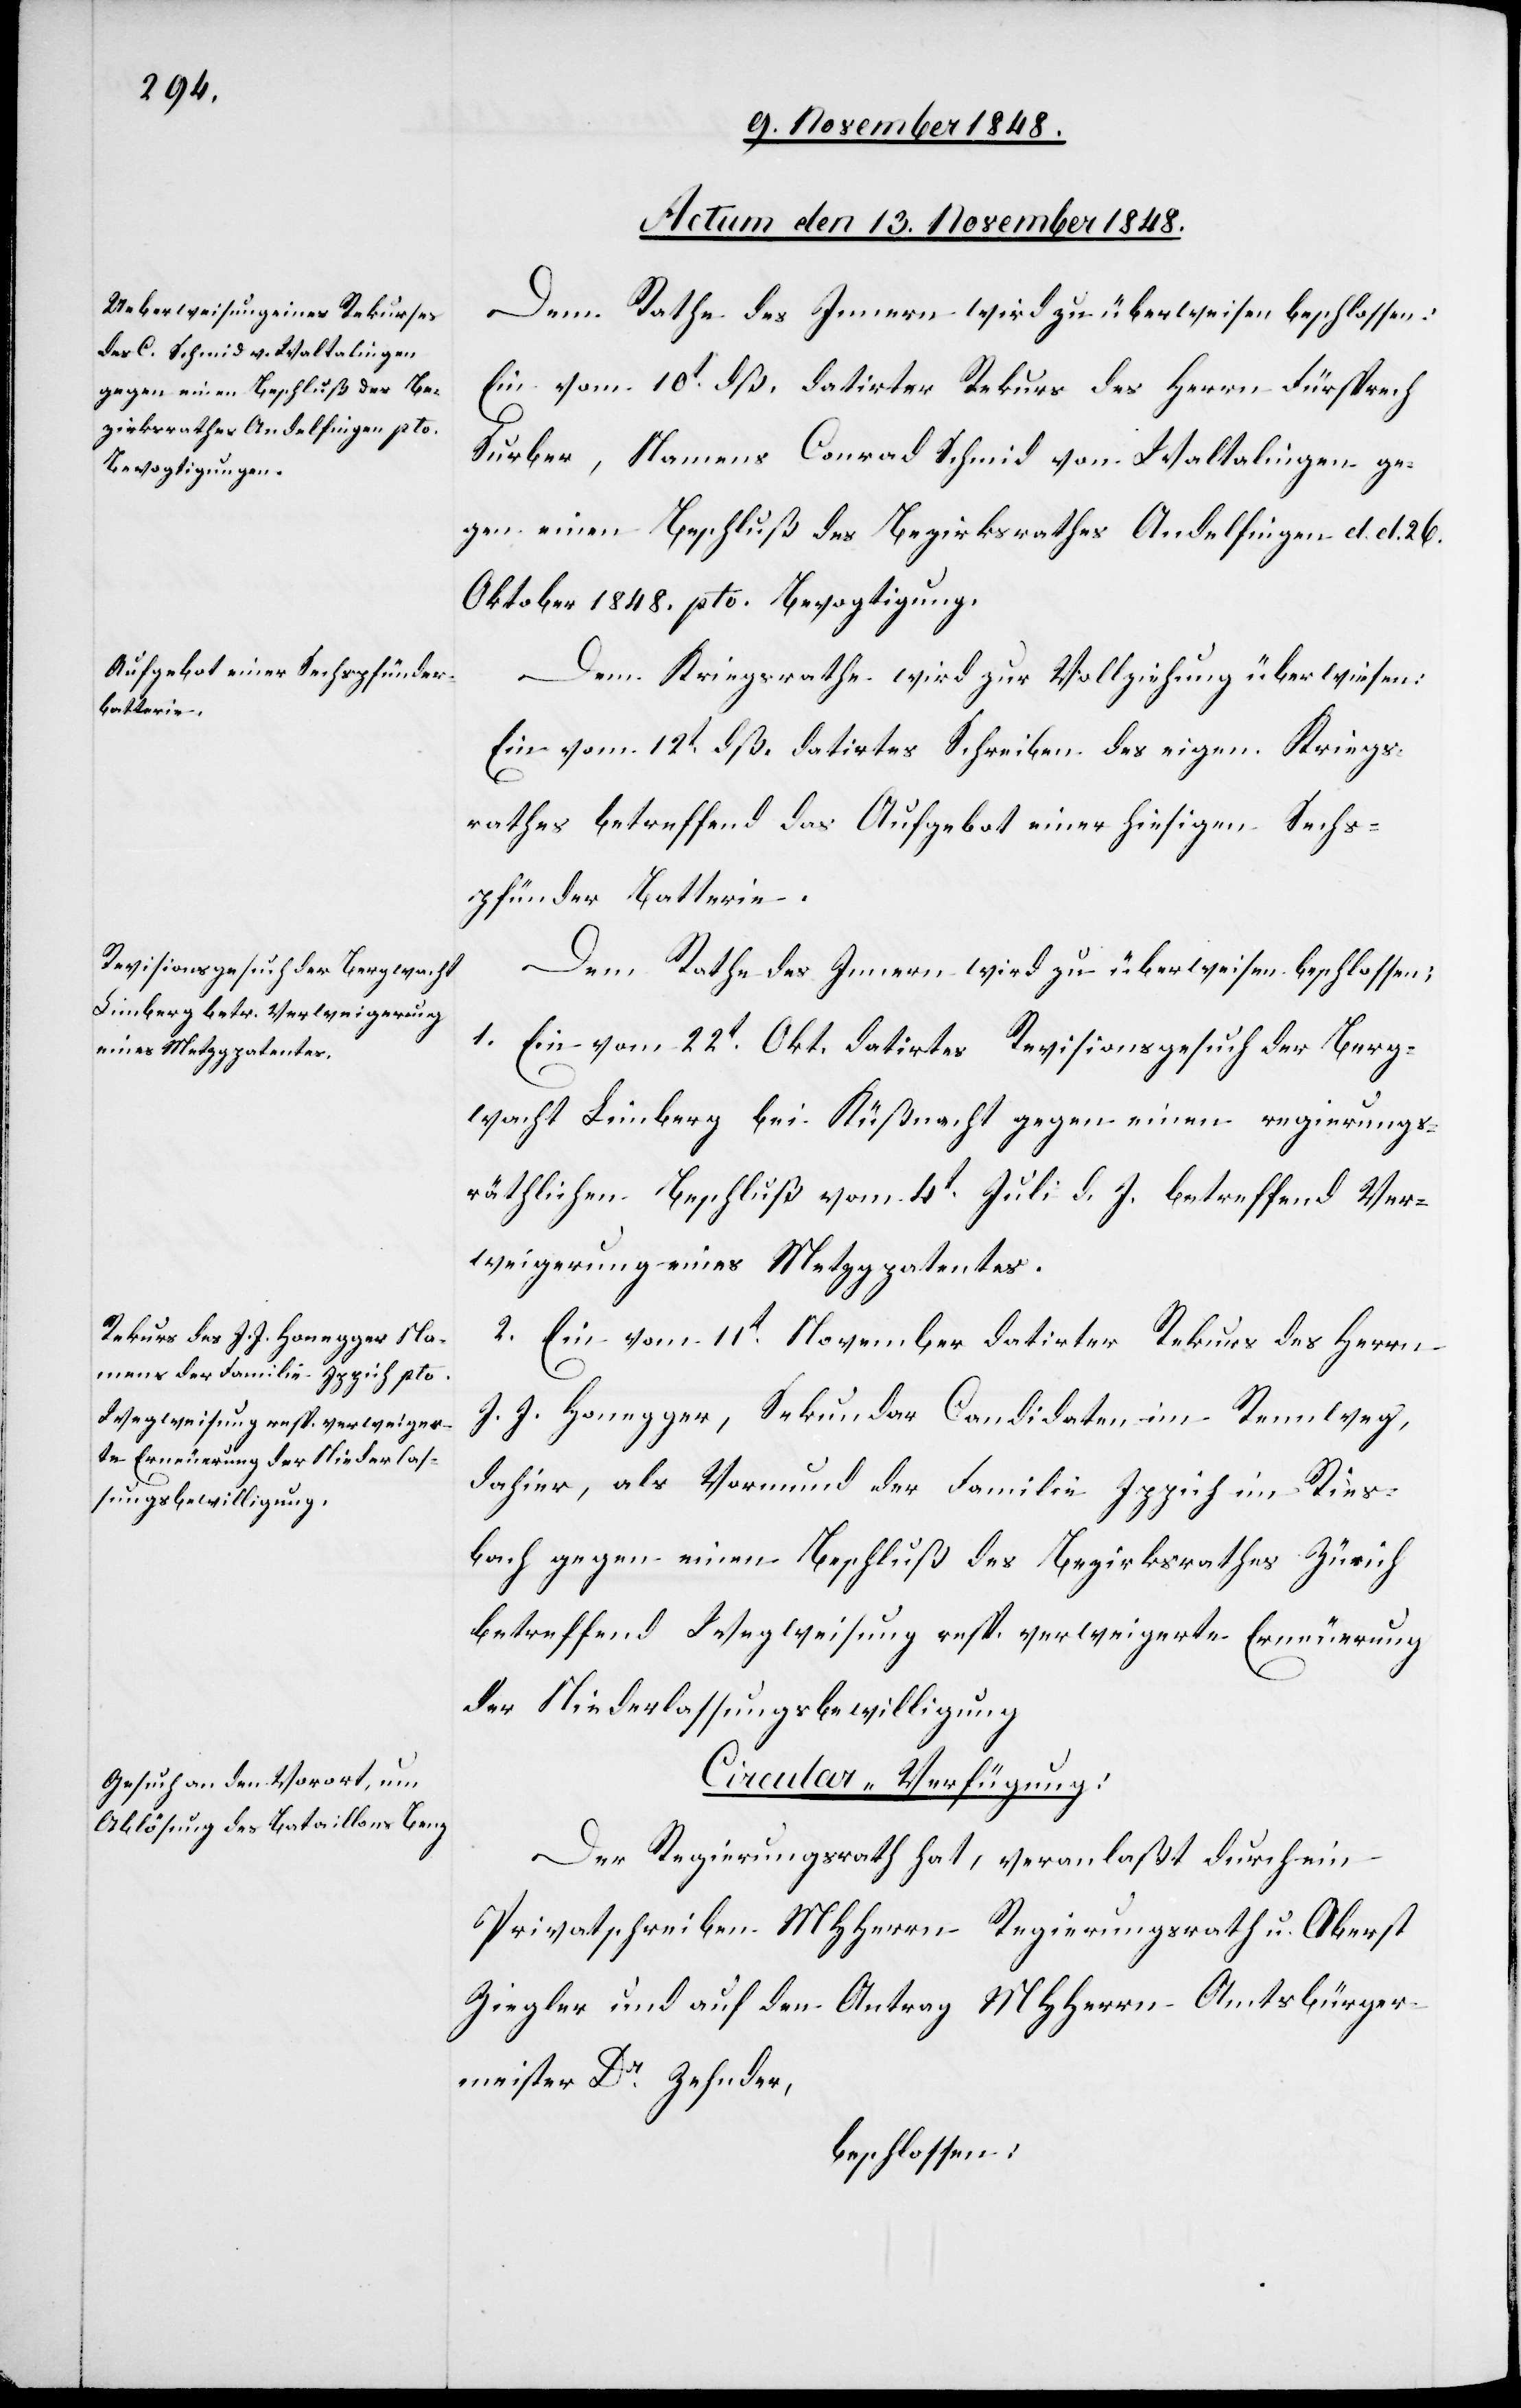
[Actum den 13. November 1848.]
Dem Rathe des Innern wird zu überweisen beschlossen:
Ein vom 10t dß. datirter Rekurs des Herrn Fürsprech
Surber, Namens Conrad Schmid von Waltalingen ge¬
gen einen Beschluß des Bezirksrathes Andelfingen d. d. 26.
Oktober 1848. pto. Bevogtigung.
Dem Kriegsrathe wird zur Vollziehung überwiesen:
Ein vom 12t dß. datirtes Schreiben des ei[d]gen. Kriegs¬
rathes betreffend das Aufgebot einer hiesigen Sechs¬
pfünder Batterie.
Dem Rathe des Innern wird zu überweisen beschlossen:
1. Ein vom 22t Okt. datirtes Revisionsgesuch der Berg¬
wacht Limberg bei Küßnacht gegen einen regierungs¬
räthlichen Beschluß vom 4t Juli d. J. betreffend Ver¬
weigerung eines Metzgpatentes.
2. Ein vom 11t November datirter Rekurs des Herrn
J. J. Honegger, Sekundar Candidaten im Rennweg,
dahier, als Vormund der Familie Ippich im Ries¬
bach gegen einen Beschluß des Bezirksrathes Zürich
betreffend Wegweisung resp. verweigerte Erneuerung
der Niederlassungsbewilligung[.]
Circular-Verfügung:
Der Regierungsrath hat, veranlaßt durch ein
Privatschreiben MHHerrn Regierungsrath u. Oberst
Ziegler und auf den Antrag MHHerrn Amtsbürger¬
meister Dr Zehnder,
beschlossen: